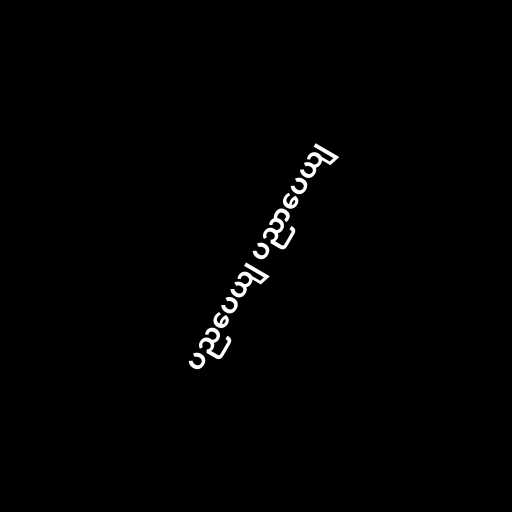
ပညပေယျ ပညာပေယျ